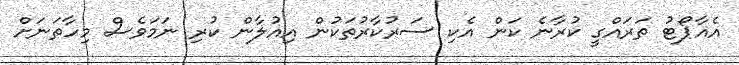
އެއާޕޯޓު ތަރައްގީ ކުރާނެ ކަން އެކި ސަރުކާރުތަކުން އިއުލާން ކުރި ނަމަވެސް މިހާތަނަށް